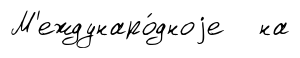
М'еждунаро́дноjе на